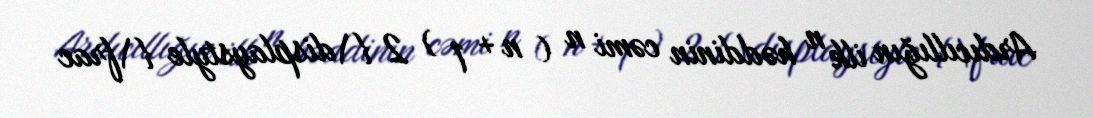
Ardıcıllığın ilk n həddinin cəmi n ( n + 1 ) 2 {\displaystyle {\frac